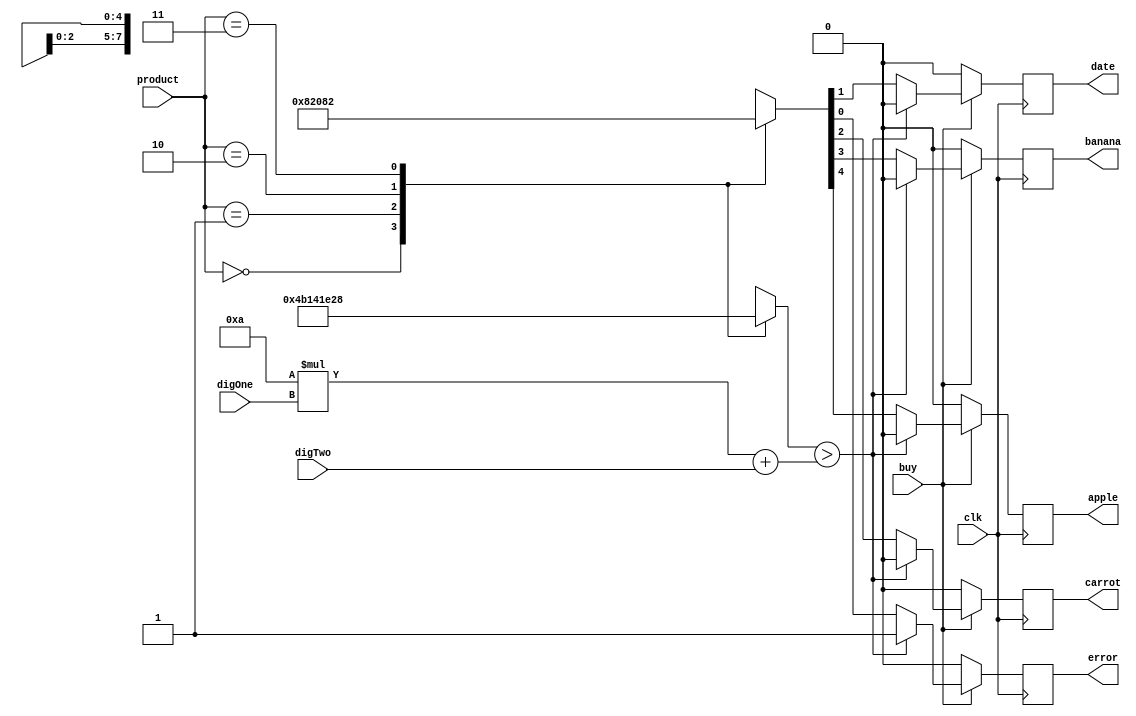
module purchaseMngr(clk, buy, product, digOne, digTwo, apple, banana, carrot, date, error);
input clk, buy;
input [1:0] product;
input [3:0] digOne, digTwo;
output reg apple, banana, carrot, date, error;
reg [7:0] credit;
reg [7:0] cost;

always @(posedge clk)
begin
	credit = 10* digOne + digTwo;
	case(product)
	2'b00: cost = 75;
	2'b01: cost = 20;
	2'b10: cost = 30;
	2'b11: cost = 40;
	endcase
	if(buy)
	begin
		if(cost > credit)
			{apple, banana, carrot, date, error} = 5'b00001;
		else
			begin
			case(product)
			2'b00: {apple, banana, carrot, date, error} = 5'b10000;
			2'b01: {apple, banana, carrot, date, error} = 5'b01000;
			2'b10: {apple, banana, carrot, date, error} = 5'b00100;
			2'b11: {apple, banana, carrot, date, error} = 5'b00010;
			endcase
			end
	end
	else
		{apple, banana, carrot, date, error} = 5'b00000;
end

endmodule